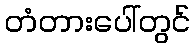
တံတားပေါ်တွင်